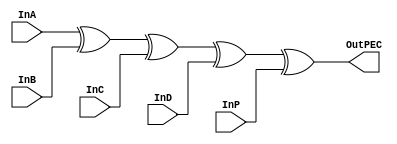
`timescale 1ns / 1ps

module parityBitChecker (InA, InB, InC, InD, InP, OutPEC);
    input InA, InB, InC, InD, InP;
    output OutPEC;

    assign OutPEC = InA^InB^InC^InD^InP;
    
endmodule